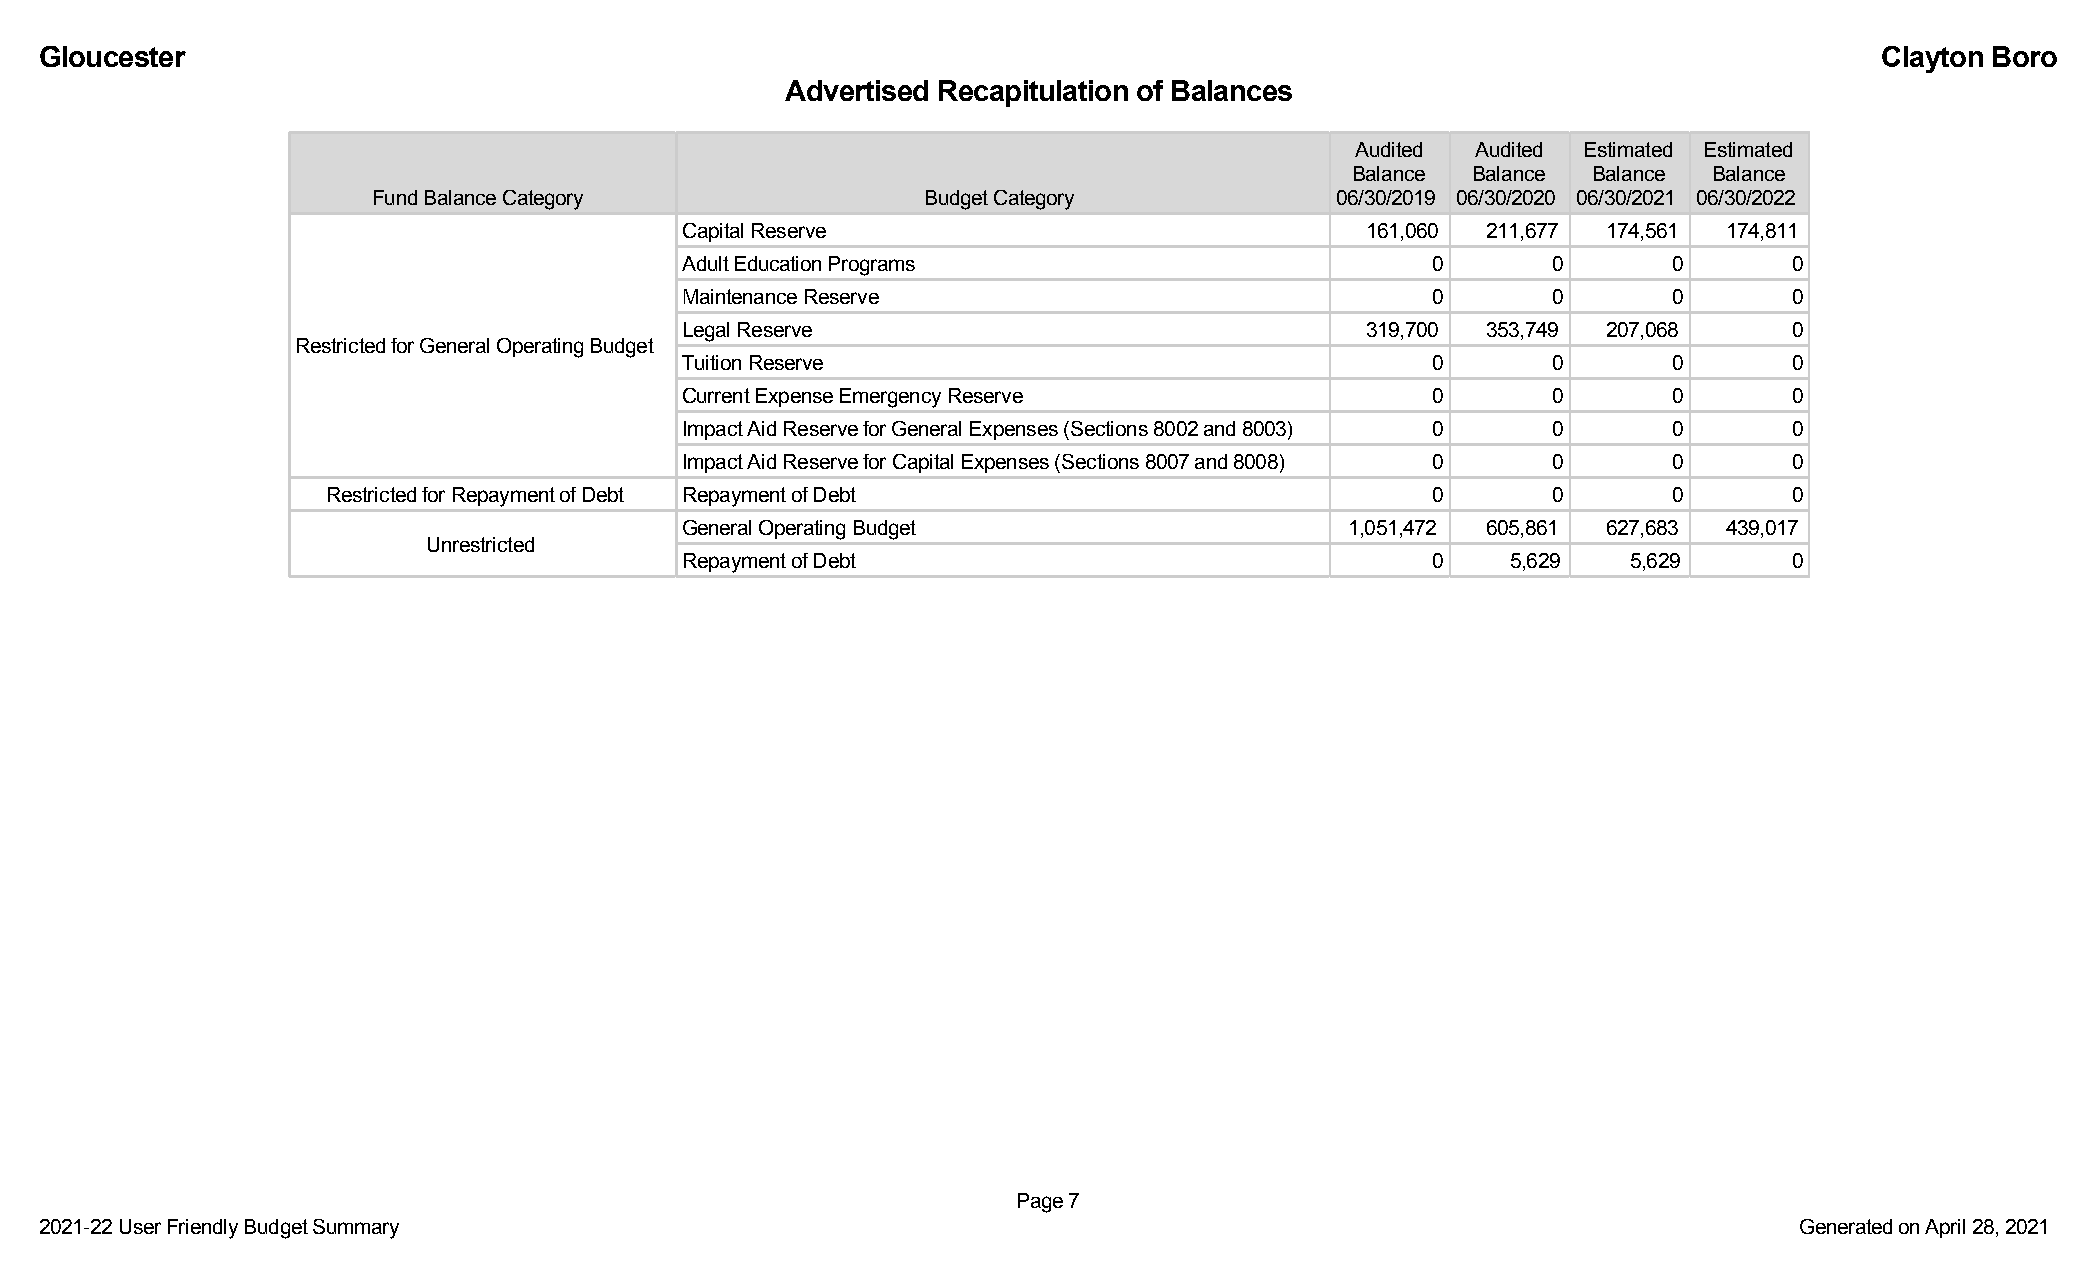
Gloucester                                                                                                                Clayton Boro
 Advertised Recapitulation of Balances
 Audited Audited Estimated Estimated
 Balance Balance Balance Balance
 Fund Balance Category               Budget Category            06/30/2019 06/30/2020 06/30/2021 06/30/2022
 Capital Reserve                              161,060 211,677 174,561 174,811
 Adult Education Programs                          0       0       0       0
 Maintenance Reserve                               0       0       0       0
 Legal Reserve                                319,700 353,749 207,068      0
 Restricted for General Operating Budget
 Tuition Reserve                                   0       0       0       0
 Current Expense Emergency Reserve                 0       0       0       0
 Impact Aid Reserve for General Expenses (Sections 8002 and 8003) 0 0 0    0
 Impact Aid Reserve for Capital Expenses (Sections 8007 and 8008) 0 0 0    0
 Restricted for Repayment of Debt Repayment of Debt                       0       0       0       0
 General Operating Budget                    1,051,472 605,861 627,683 439,017
 Unrestricted
 Repayment of Debt                                 0    5,629   5,629      0
 Page 7
 2021-22 User Friendly Budget Summary                                                                                Generated on April 28, 2021